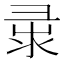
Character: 𢑘